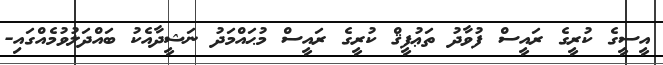
އީސީގެ ކުރީގެ ރައީސް ފުވާދު ތަޢުފީޤް ކުރީގެ ރައީސް މުޙައްމަދު ނަޝީދާއެކު ބައްދަލުވުމެއްގައި-